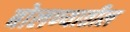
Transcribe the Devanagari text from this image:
बोलण्यातील